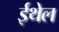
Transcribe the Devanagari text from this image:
ईथेल